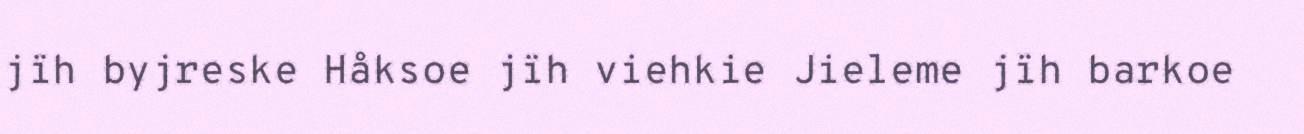
jïh byjreske Håksoe jïh viehkie Jieleme jïh barkoe